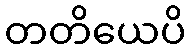
တတိယေပိ